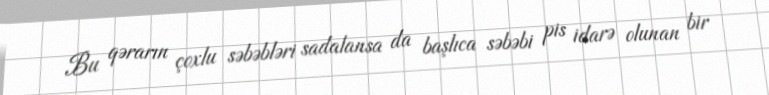
Bu qərarın çoxlu səbəbləri sadalansa da başlıca səbəbi pis idarə olunan bir